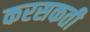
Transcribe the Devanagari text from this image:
करसकती